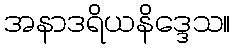
အနာဒရိယနိဒ္ဒေသ။